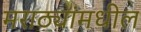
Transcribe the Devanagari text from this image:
मराठ्यांमधील